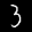
Label: 3